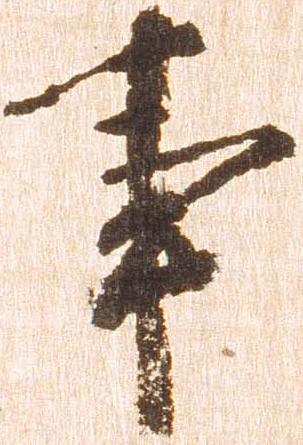
事